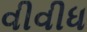
વીવીધ